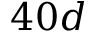
4 0 d